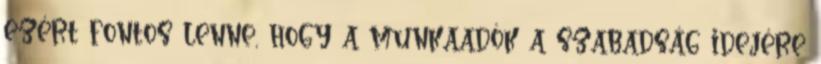
ezért fontos lenne, hogy a munkaadók a szabadság idejére